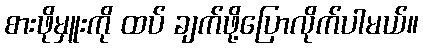
စားဖိုမှူးကို ထပ် ချက်ဖို့ပြောလိုက်ပါမယ်။